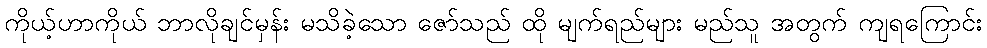
ကိုယ့်ဟာကိုယ် ဘာလိုချင်မှန်း မသိခဲ့သော ဇော်သည် ထို မျက်ရည်များ မည်သူ အတွက် ကျရကြောင်း